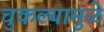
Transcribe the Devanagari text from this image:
चुकल्यामुळे